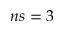
n s = 3